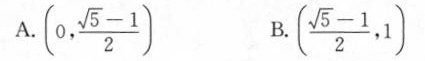
A.(0, $$\frac { \sqrt { 5 } - 1 } { 2 }$$) B.($$\frac { \sqrt { 5 } - 1 } { 2 }$$,1)